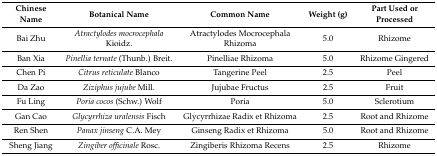
<table><thead><tr><td><b>Chinese Name</b></td><td><b>Botanical Name</b></td><td><b>Common Name</b></td><td><b>Weight (g)</b></td><td><b>Part Used or Processed</b></td></tr></thead><tbody><tr><td>Bai Zhu</td><td><i>Atractylodes mocrocephala</i> Kioidz.</td><td>Atractylodes Mocrocephala Rhizoma</td><td>5.0</td><td>Rhizome</td></tr><tr><td>Ban Xia</td><td><i>Pinellia ternate</i> (Thunb.) Breit.</td><td>Pinelliae Rhizoma</td><td>5.0</td><td>Rhizome Gingered</td></tr><tr><td>Chen Pi</td><td><i>Citrus reticulate</i> Blanco</td><td>Tangerine Peel</td><td>2.5</td><td>Peel</td></tr><tr><td>Da Zao</td><td><i>Ziziphus jujube</i> Mill.</td><td>Jujubae Fructus</td><td>2.5</td><td>Fruit</td></tr><tr><td>Fu Ling</td><td><i>Poria cocos</i> (Schw.) Wolf</td><td>Poria</td><td>5.0</td><td>Sclerotium</td></tr><tr><td>Gan Cao</td><td><i>Glycyrrhiza uralensis</i> Fisch</td><td>Glycyrrhizae Radix et Rhizoma</td><td>2.5</td><td>Root and Rhizome</td></tr><tr><td>Ren Shen</td><td><i>Panax jinseng</i> C.A. Mey</td><td>Ginseng Radix et Rhizoma</td><td>5.0</td><td>Root and Rhizome</td></tr><tr><td>Sheng Jiang</td><td><i>Zingiber officinale</i> Rosc.</td><td>Zingiberis Rhizoma Recens</td><td>2.5</td><td>Rhizome</td></tr></tbody></table>